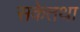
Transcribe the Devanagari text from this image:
सकेतथा